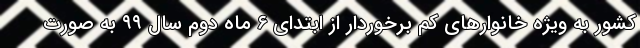
کشور به ویژه خانوارهای کم برخوردار از ابتدای ۶ ماه دوم سال ۹۹ به صورت